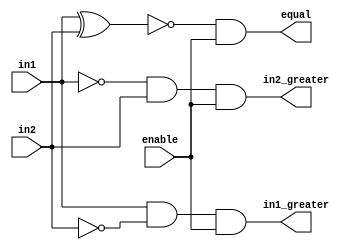
module comparator_1_bit(enable,in1,in2,in1_greater,in2_greater,equal);

	input enable,in1,in2;
	output in1_greater,in2_greater,equal;
	
	wire enable,in1,in2,in1_greater,in2_greater,equal;
	wire out_xnor;

	and a1(in1_greater,in1,~in2,enable);
	and a2(in2_greater,~in1,in2,enable);
	xnor x1(out_xnor,in1,in2);
	and a3(equal,out_xnor,enable);

endmodule